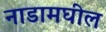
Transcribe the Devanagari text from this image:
नाडामघील